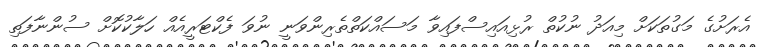
އެރަށުގެ މަގުތަކަށް މިއަދު ނުކުތް ރުޅިއައިސްފައިވާ މަސައްކަތްތެރިންވަނީ ނުވަ ފެކްޓަރީއެއް ހަލާކުކޮށް ސުންނާފަތި